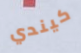
كيندي